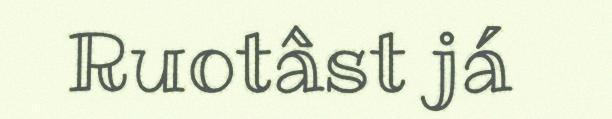
Ruotâst já